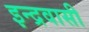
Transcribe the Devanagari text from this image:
इन्द्रवासी